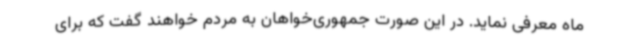
ماه معرفی نماید. در این صورت جمهوری‌خواهان به مردم خواهند گفت که برای